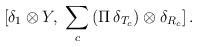
LaTeX: \begin{align*}[\delta_1 \otimes Y , \, \, \sum_c \, (\Pi \, \delta_{T_c}) \otimes \delta_{R_c}] \, . \end{align*}